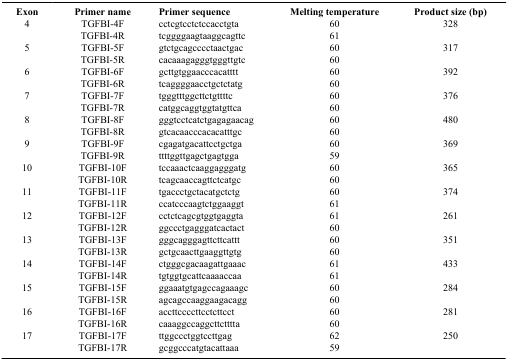
| Exon | Primer name | Primer sequence | Melting temperature | Product size (bp) |
 | --- | --- | --- | --- | --- |
 | 4 | TGFBI-4F | cctcgtcctctccacctgta | 60 | 328 |
 |  | TGFBI-4R | tcggggaagtaaggcagttc | 61 |  |
 | 5 | TGFBI-5F | gtctgcagcccctaactgac | 60 | 317 |
 |  | TGFBI-5R | cacaaagagggtgggttgtc | 60 |  |
 | 6 | TGFBI-6F | gcttgtggaacccacatttt | 60 | 392 |
 |  | TGFBI-6R | tcaggggaacctgctctatg | 60 |  |
 | 7 | TGFBI-7F | tgggtttggcttctgttttc | 60 | 376 |
 |  | TGFBI-7R | catggcaggtggtatgttca | 60 |  |
 | 8 | TGFBI-8F | gggtcctcatctgagagaacag | 60 | 480 |
 |  | TGFBI-8R | gtcacaacccacacatttgc | 60 |  |
 | 9 | TGFBI-9F | cgagatgacattcctgctga | 60 | 369 |
 |  | TGFBI-9R | ttttggttgagctgagtgga | 59 |  |
 | 10 | TGFBI-10F | tccaaactcaaggagggatg | 60 | 365 |
 |  | TGFBI-10R | tcagcaaccagttctcatgc | 60 |  |
 | 11 | TGFBI-11F | tgaccctgctacatgctctg | 60 | 374 |
 |  | TGFBI-11R | ccatcccaagtctggaaggt | 61 |  |
 | 12 | TGFBI-12F | cctctcagcgtggtgaggta | 61 | 261 |
 |  | TGFBI-12R | ggccctgagggatcactact | 60 |  |
 | 13 | TGFBI-13F | gggcagggagttcttcattt | 60 | 351 |
 |  | TGFBI-13R | gctgcaacttgaaggttgtg | 60 |  |
 | 14 | TGFBI-14F | ctgggcgacaagattgaaac | 61 | 433 |
 |  | TGFBI-14R | tgtggtgcattcaaaaccaa | 61 |  |
 | 15 | TGFBI-15F | ggaaatgtgagccagaaagc | 60 | 284 |
 |  | TGFBI-15R | agcagccaaggaagacagg | 60 |  |
 | 16 | TGFBI-16F | accttccccttcctcttcct | 60 | 281 |
 |  | TGFBI-16R | caaaggccaggcttctttta | 60 |  |
 | 17 | TGFBI-17F | ttggccctggtccttgag | 62 | 250 |
 |  | TGFBI-17R | gcggcccatgtacattaaa | 59 |  |